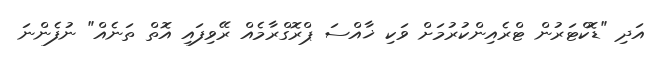
އަދި "ޑޮކްޓަރުން ޓްރެއިންކުރުމަށް ވަކި ޚާއްސަ ޕްރޮގްރާމެއް ރޭވިފައި އޮތް ތަނެއް" ނުފެންނަ